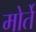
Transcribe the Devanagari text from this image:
मोर्ते